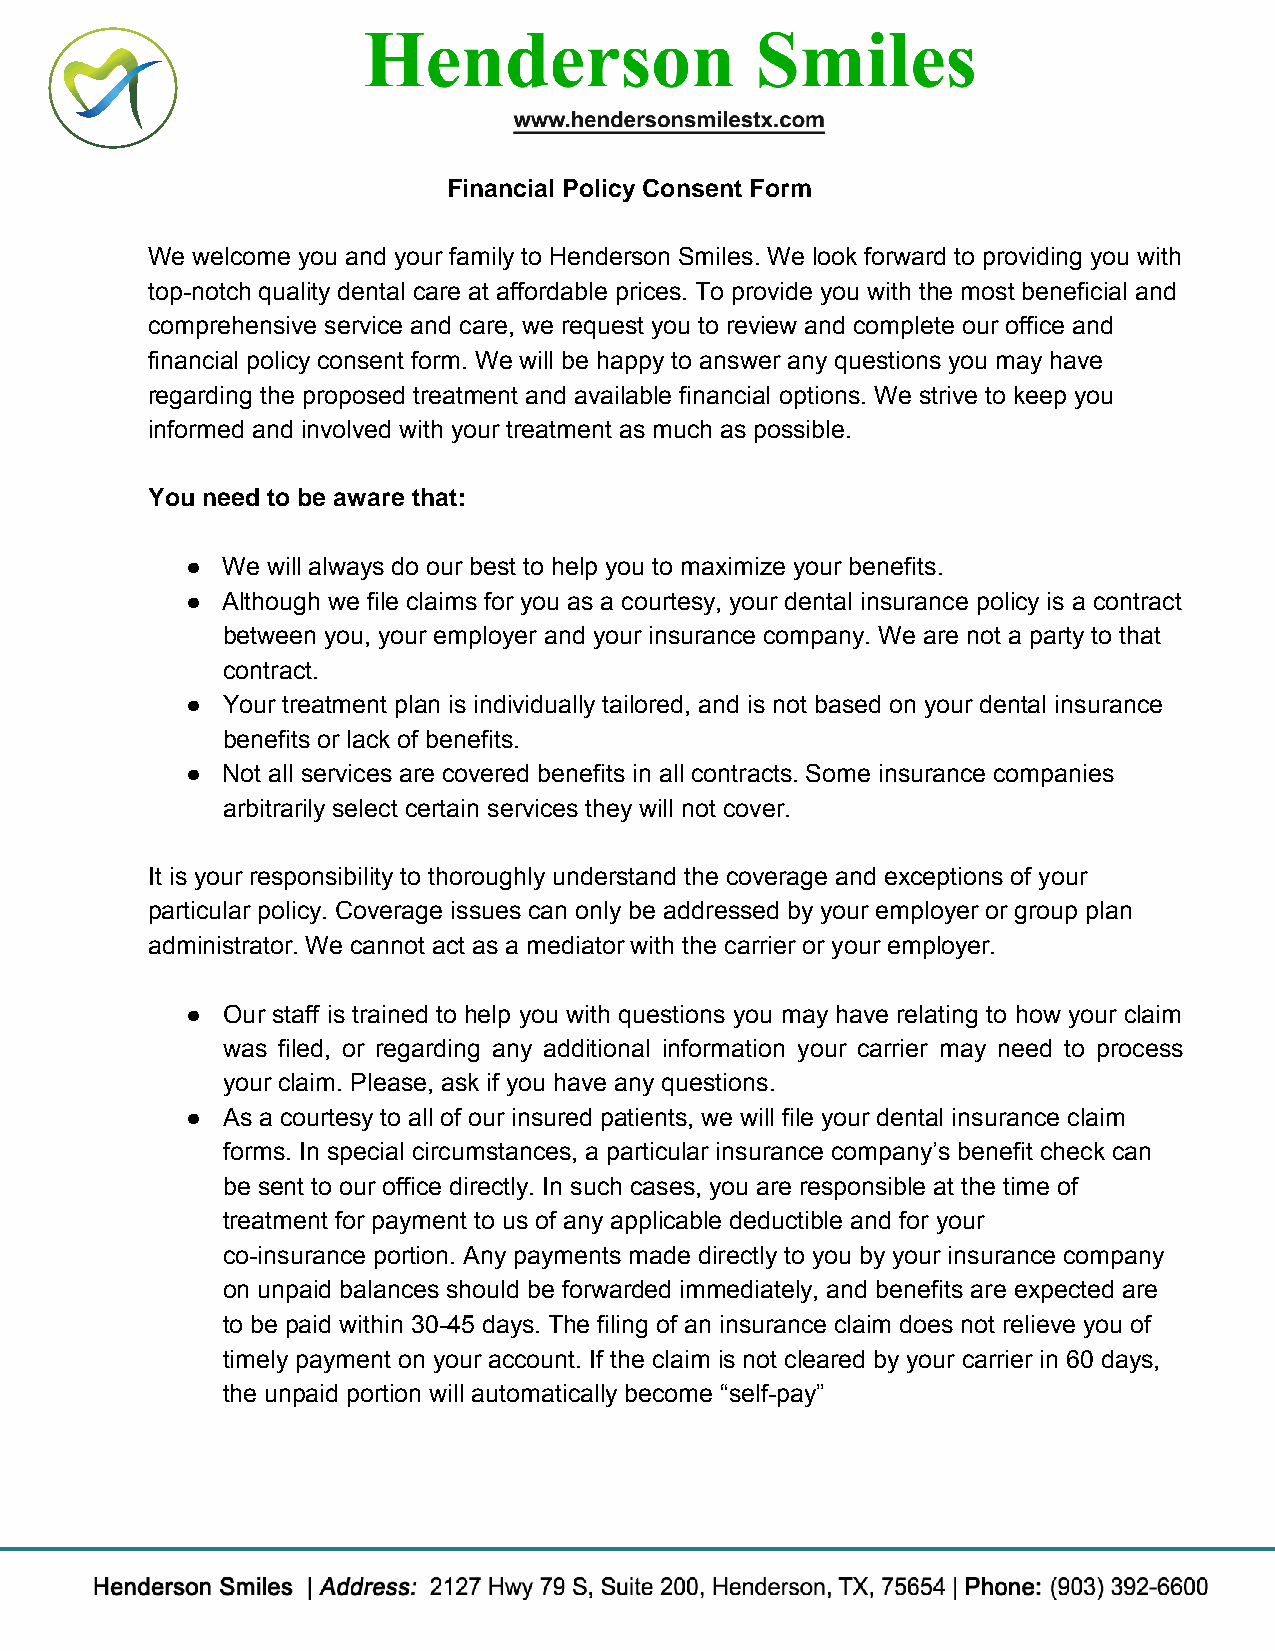
Financial Policy Consent Form
 We welcome you and your family to Henderson Smiles. We look forward to providing you with
 top-notch quality dental care at affordable prices. To provide you with the most beneficial and
 comprehensive service and care, we request you to review and complete our office and
 financial policy consent form. We will be happy to answer any questions you may have
 regarding the proposed treatment and available financial options. We strive to keep you
 informed and involved with your treatment as much as possible.
 You need to be aware that:
 ●  We will always do our best to help you to maximize your benefits.
 ●  Although we file claims for you as a courtesy, your dental insurance policy is a contract
 between you, your employer and your insurance company. We are not a party to that
 contract.
 ●  Your treatment plan is individually tailored, and is not based on your dental insurance
 benefits or lack of benefits.
 ●  Not all services are covered benefits in all contracts. Some insurance companies
 arbitrarily select certain services they will not cover.
 It is your responsibility to thoroughly understand the coverage and exceptions of your
 particular policy. Coverage issues can only be addressed by your employer or group plan
 administrator. We cannot act as a mediator with the carrier or your employer.
 ●  Our staff is trained to help you with questions you may have relating to how your claim
 was filed, or regarding any additional information your carrier may need to process
 your claim. Please, ask if you have any questions.
 ●  As a courtesy to all of our insured patients, we will file your dental insurance claim
 forms. In special circumstances, a particular insurance company’s benefit check can
 be sent to our office directly. In such cases, you are responsible at the time of
 treatment for payment to us of any applicable deductible and for your
 co-insurance portion. Any payments made directly to you by your insurance company
 on unpaid balances should be forwarded immediately, and benefits are expected are
 to be paid within 30-45 days. The filing of an insurance claim does not relieve you of
 timely payment on your account. If the claim is not cleared by your carrier in 60 days,
 the unpaid portion will automatically become “self-pay”